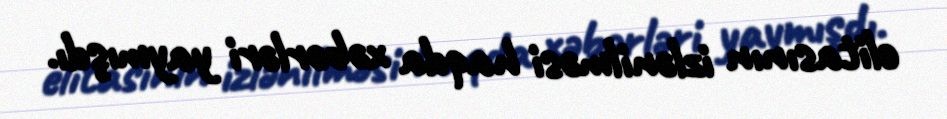
elitasının izlənilməsi haqda xəbərləri yaymışdı.